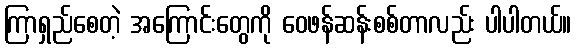
ကြာရှည်စေတဲ့ အကြောင်းတွေကို ဝေဖန်ဆန်းစစ်တာလည်း ပါပါတယ်။